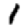
Digit: 1